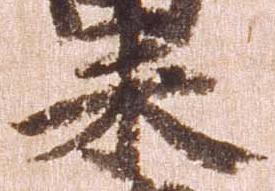
未